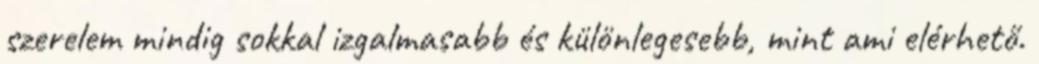
szerelem mindig sokkal izgalmasabb és különlegesebb, mint ami elérhető.